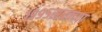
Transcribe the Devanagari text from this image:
१९९५सालच्या